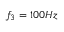
f _ { 3 } = 1 0 0 H z